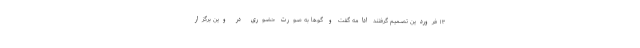
۱۳ فروردین تصمیم گرفتند ادامه گفت و گوها به صورت حضوری در وین برگزار